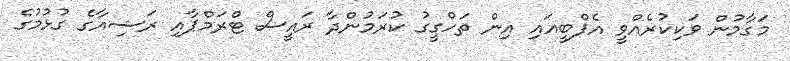
މަގާމުން ވަކިކުރެއްވީ އެފްބީއައި އިން ތަހްގީގު ކުރަމުންދާ ރައީސް ޓްރަމްޕާއި ރަޝިއާގެ ގުޅުމުގެ